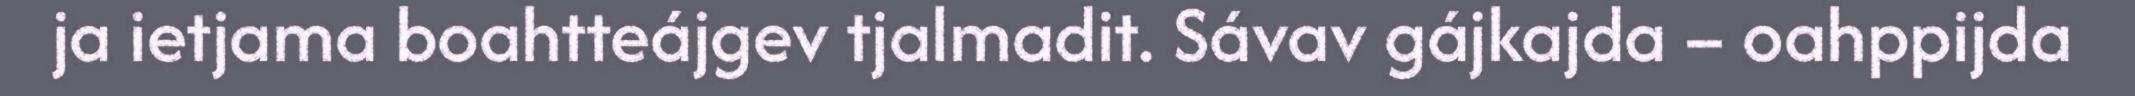
ja ietjama boahtteájgev tjalmadit. Sávav gájkajda – oahppijda